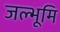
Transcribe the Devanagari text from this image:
जल्भूमि